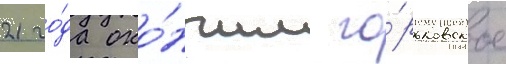
21 го́да око́нчил го́рьковское